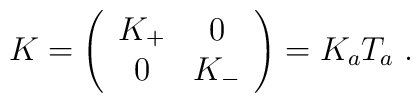
K=\left( \begin{array}{cc}K_{+} & 0 \\ 0 & K_{-}\end{array}\right) =K_{a}T_{a}\;.